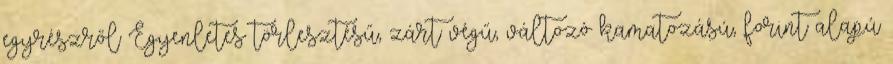
egyrészről Egyenletes törlesztésű, zárt végű, változó kamatozású, forint alapú